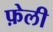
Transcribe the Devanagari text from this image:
फ़ेली